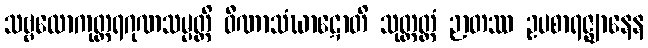
သဗ္ဗလောကုတ္တရဂုဏသမ္ပတ္တိ ဝီဏာသံဃာဋောတိ သုတ္တတ္ထံ ဉာတဿ ဥပစာရဇ္ဈာနေန